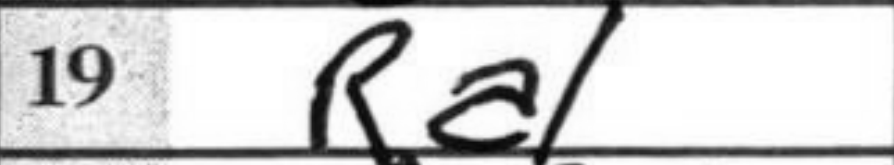
Transcription: Ra1